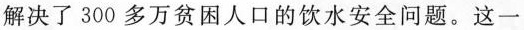
解决了300多万贫困人口的饮水安全问题。这一